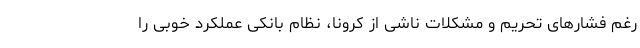
رغم فشارهای تحریم و مشکلات ناشی از کرونا، نظام بانکی عملکرد خوبی را